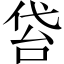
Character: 𠊝